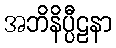
အဘိနိပ္ပီဠနာ